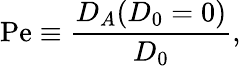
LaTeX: \mathrm{Pe}\equiv\frac{D_{A}(D_{0}=0)}{D_{0}},